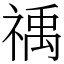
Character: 䄔